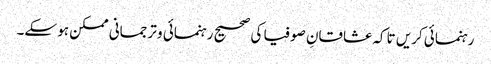
رہنمائی کریں تاکہ عشاقانِ صوفیا کی صحیح رہنمائی و ترجمانی ممکن ہو سکے۔